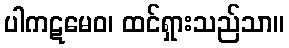
ပါကဋမေဝ၊ ထင်ရှားသည်သာ။